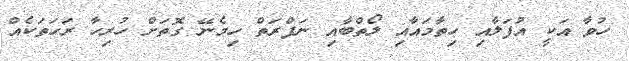
ހުވާ އަކީ އުފަލާއި ހިތާމައާއި ލޯތްބާއި ނަފްރަތް ހިމެނޭ ގޮތަށް ހުރިހާ ރަހަތަކެއް